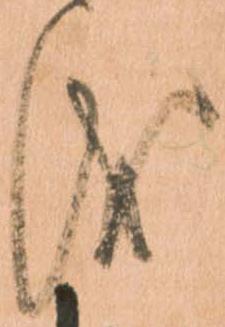
儀